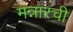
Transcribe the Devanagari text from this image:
मन्नारची